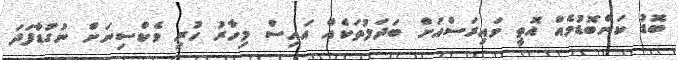
ބޮޑު ކަންބޮޑުމެއް އޮތީ ވައިރަސްއަށް ބަދަލުތަކެއް އައިސް މިހާރު ހުރި ވެކްސިނަށް ނުގުޑާފަދަ